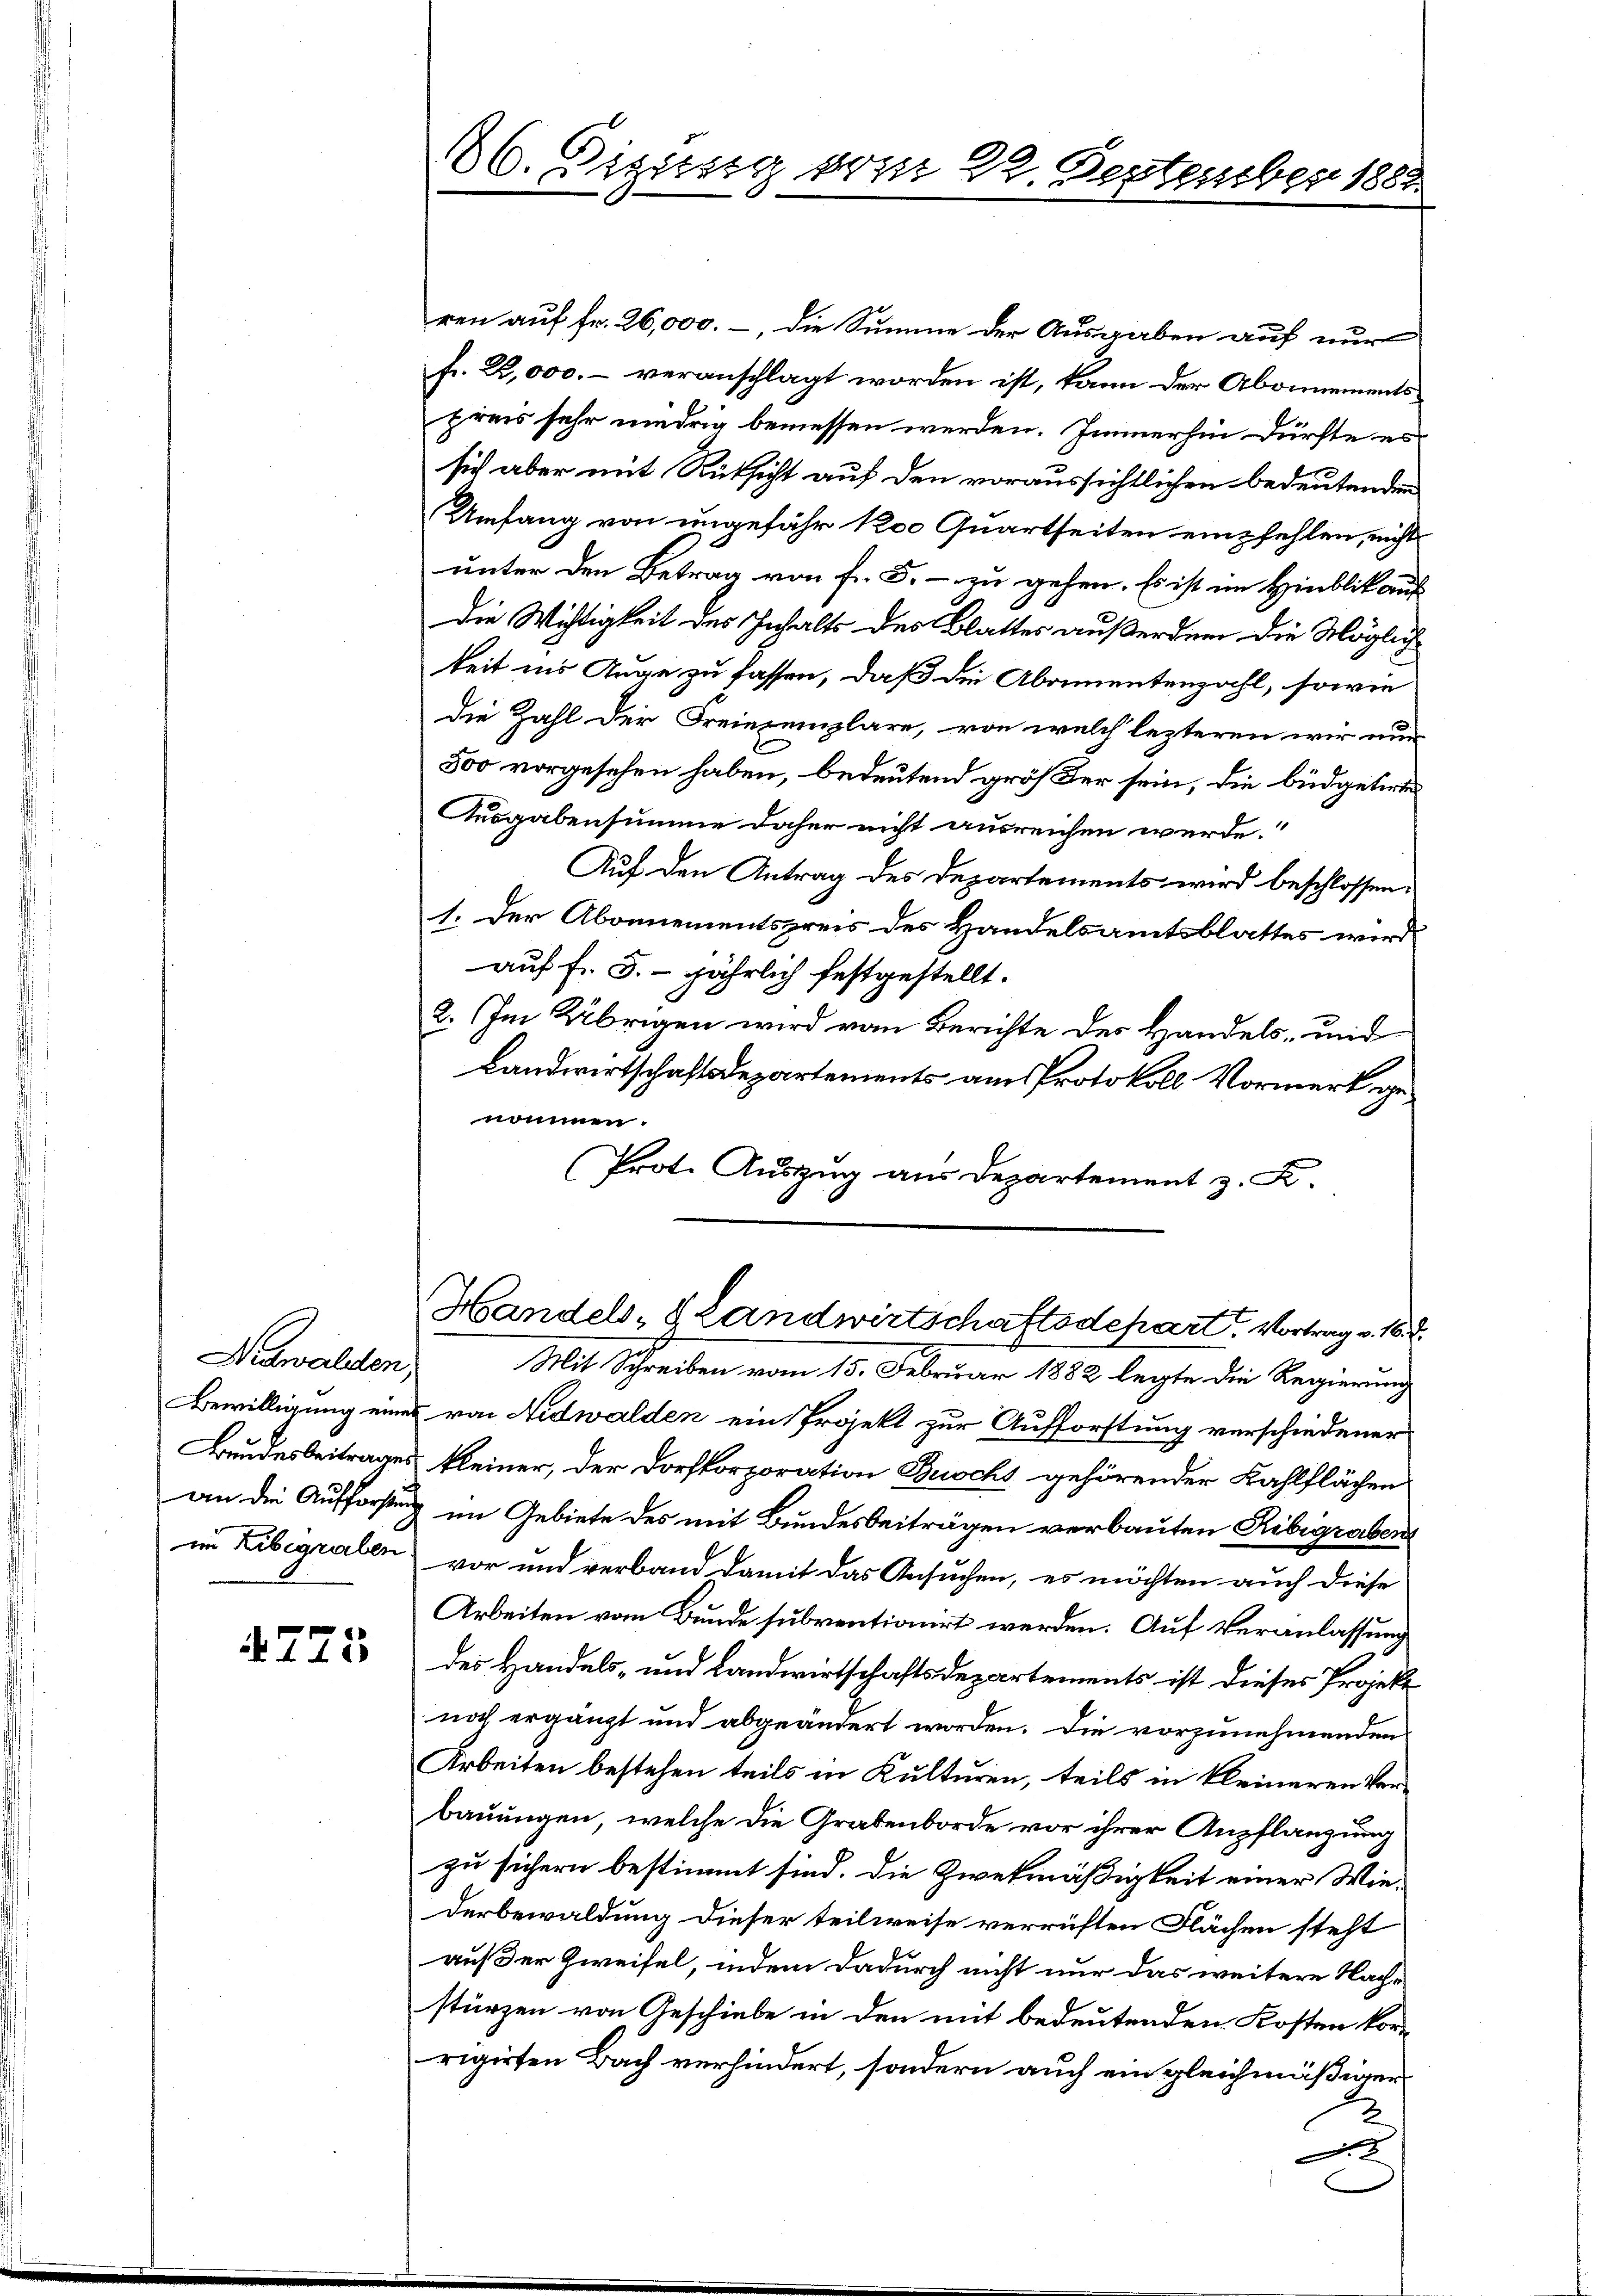
Nidwalden,
im Libegraben.

4775

86. Diesig vom 22. September 1882.

ren auf Fr. 26,000.-, die Summe der Ausgaben auf nur
fr. 2,000.- veranschlagt worden ist, kann der Abonnementspreis sehr niedrig bemessen werden. Immerhin dürfte es
sich aber mit Rücksicht auf den voraussichtlichen bedeutenden
Umfang von ungefähr 100 Quartseiten empfehlen, nicht
unter den Betrag von fr. 5. - zu gehen. Es ist im Hinblik auf
die Wichtigkeit des Inhalts des Blattes außerdem die Möglich
keit ins Auge zu fassen, daß die Abamentenzahl, sowie
die Zahl der Freiexemplare, von welch lezteren wir nun
800 vorgesehen haben, bedeutend größer sein, die büdgetirte
Ausgabensumme daher nicht ausreichen werde.“
Auf den Antrag des Departements wird beschlossen:
1. Der Abonnementspreis des Handelsamtsblattes wird
auf fr. 5.- jährlich festgestellt.
2. Im Übrigen wird vom Berichte des Handels- und
Landwirtschaftsdepartements am Protokoll Vormerk genommen.
(Prote Auszug aus Departement z. B.
Handels- & Landwirtschaftsdepart. Vortrag v. 16. d.
Mit Schreiben vom 15. Februar 1882 legte die Regierung
Bewilligung eines von Nidwalden ein Projekt zur Aufforstung verschiedener
Bundesbeitrages kleiner, der Dorfkorporation Buscht gehörender Kahlflächen
an die Aufforstung im Gebiete des mit Bundesbeiträgen verbauten Ribigraben
vor und verband damit das Ansuchen, es möchten auch diese
Arbeiten vom Bunde subventionirt werden. Auf Veranlassung
des Handels- und Landwirtschaftsdepartements ist dieses Projekt
noch ergänzt und abgeändert worden. Die vorzunehmenden
Arbeiten bestehen teils in Kulturen, teils in kleineren Verbauungen, welche die Grabenborde vor ihrer Anpflanzung
zu sichern bestimmt sind. Die Zwekmäßigkeit einer Wiederbewaldung dieser teilweise verrüften Flächen steht
auf der Zweifel, indem dadurch nicht nur das weitere Nachstürzen von Geschiebe in den mit bedeutenden Kosten kor-
rigirten Bach verhindert, sondern auch ein gleichmäßigen
A